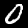
Label: 0